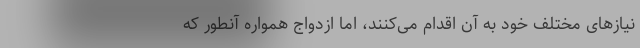
نیازهای مختلف خود به آن اقدام می‌کنند، اما ازدواج همواره آنطور که